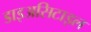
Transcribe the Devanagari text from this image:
डाइअसिटाइल